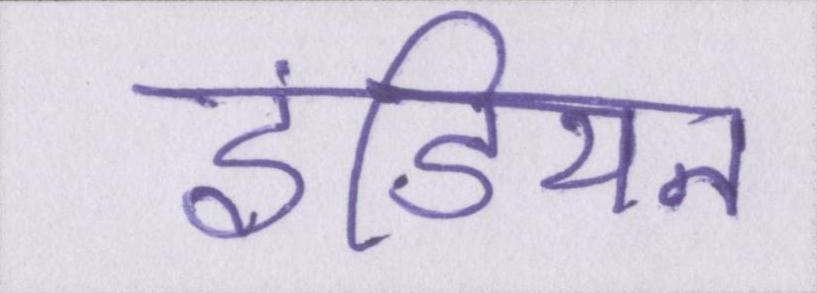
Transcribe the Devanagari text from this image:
इंडियन